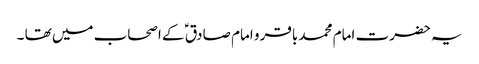
یہ حضرت امام محمد باقر و امام صادق ؑ کے اصحاب میں تھا ۔